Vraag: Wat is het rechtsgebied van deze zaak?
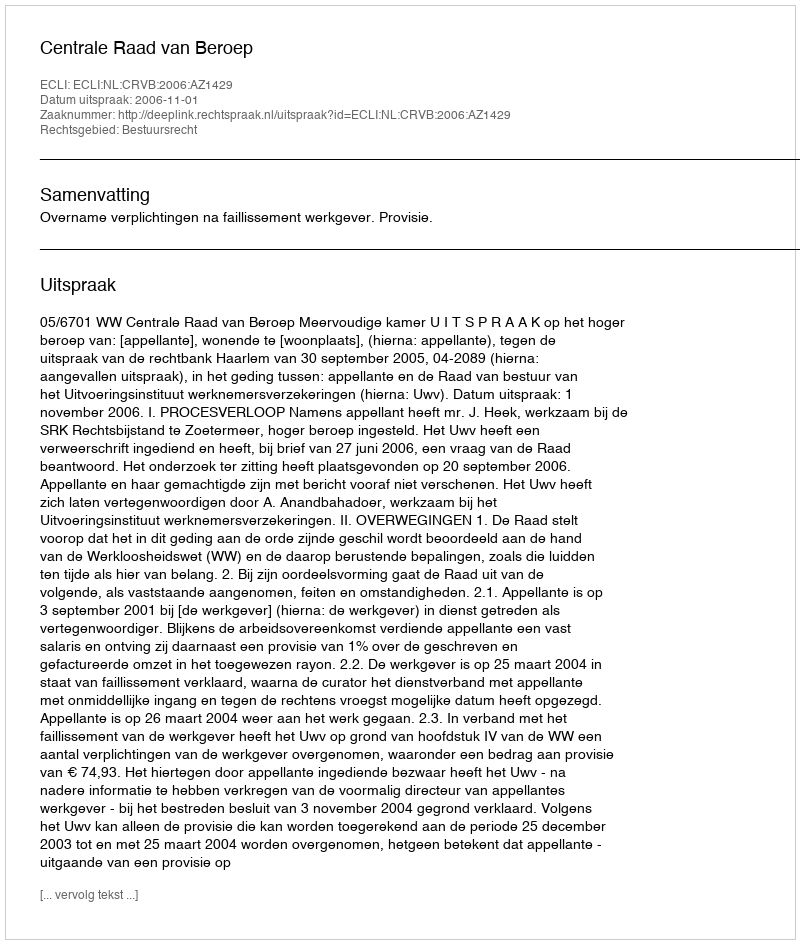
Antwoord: Bestuursrecht